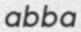
abba